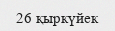
26 қыркүйек